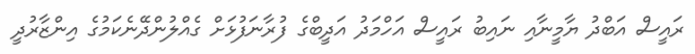
ރައީސް އަބްދު ޔާމީނާއި ނައިބު ރައީސް އަހްމަދު އަދީބްގެ ފުރާނަފުޅަށް ގެއްލުންދޭނެކަމުގެ އިންޒާރުދީ